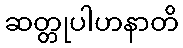
ဆတ္တုပါဟနာတိ